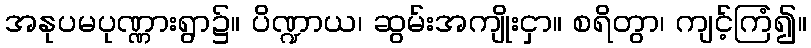
အနုပမပုဏ္ဏားရွာ၌။ ပိဏ္ဍာယ၊ ဆွမ်းအကျိုးငှာ။ စရိတွာ၊ ကျင့်ကြံ၍။